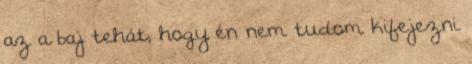
az a baj tehát, hogy én nem tudom kifejezni